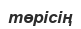
төрісің